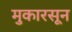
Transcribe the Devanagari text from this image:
मुकारसून